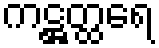
ကဋ္ဌတ္ထရေ